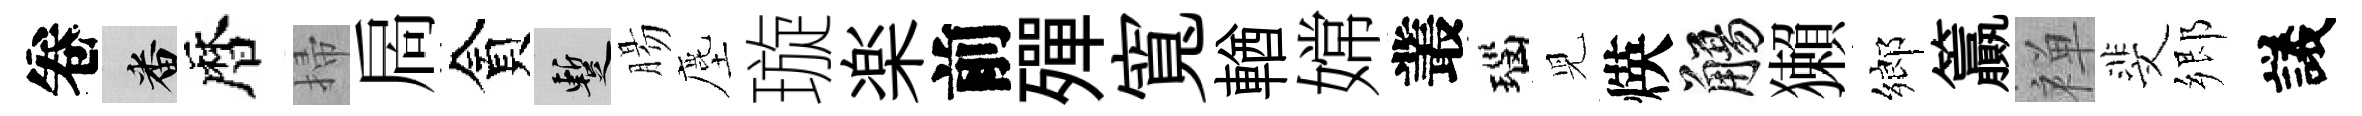
卷番暦掃扄貪暫腸塵璇楽前殫寬輶嫦叢瑙児煐觴獺鄉籯禅斐郷議